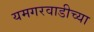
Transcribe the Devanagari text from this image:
यमगरवाडीच्या